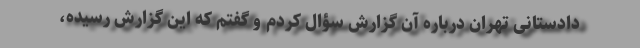
دادستانی تهران درباره آن گزارش سؤال کردم و گفتم که این گزارش رسیده،